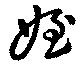
姪